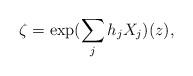
LaTeX: \begin{align*}\zeta = \exp (\sum_j h_j X_j)(z), \end{align*}